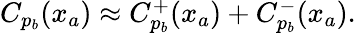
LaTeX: \begin{array}{r}{C_{p_{b}}(x_{a})\approx C_{p_{b}}^{+}(x_{a})+C_{p_{b}}^{-}(x_{a}).}\end{array}